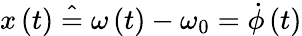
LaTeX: x\left(t\right)\; \hat{=}\; \omega\left(t\right)-\omega_{0}=\dot{\phi}\left(t\right)